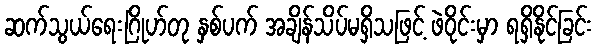
ဆက်သွယ်ရေးဂြိုဟ်တု နှစ်ပက် အချိန်သိပ်မရှိသဖြင့် ဖဲဝိုင်းမှာ ရရှိနိုင်ခြင်း